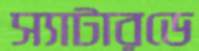
স্যাটারডে